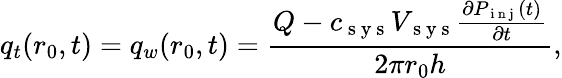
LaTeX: q_{t}(r_{0},t)=q_{w}(r_{0},t)=\frac{Q-c_{\mathrm{~s~y~s~}}V_{\mathrm{~s~y~s~}}\frac{\partial P_{\mathrm{~i~n~j~}}(t)}{\partial t}}{2\pi r_{0}h},